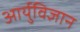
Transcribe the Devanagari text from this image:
आर्युविज्ञान